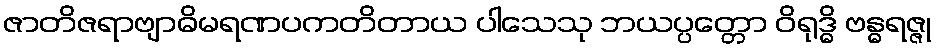
ဇာတိဇရာဗျာဓိမရဏပကတိတာယ ပါသေသု ဘယပ္ပတ္တော ဝိရုဒ္ဓိ ဗန္ဓရဇ္ဇု